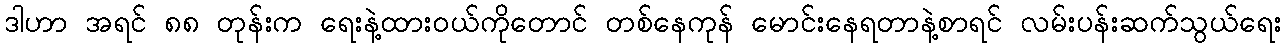
ဒါဟာ အရင် ၈၈ တုန်းက ရေးနဲ့ထားဝယ်ကိုတောင် တစ်နေကုန် မောင်းနေရတာနဲ့စာရင် လမ်းပန်းဆက်သွယ်ရေး